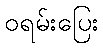
ဝရမ်းပြေး